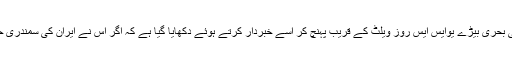
فلم کے ایک حصے میں سپاہ پاسداران انقلاب اسلامی کی تیز رفتار بوٹوں کو امریکی بحری بیڑے یوایس ایس روز ویلٹ کے قریب پہنچ کر اسے خبردار کرتے ہوئے دکھایا گیا ہے کہ اگر اس نے ایران کی سمندری حدود میں داخل ہونے کی کوشش کی تو اس کا فوری اور منہ توڑ جواب دیا جائے گا۔